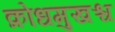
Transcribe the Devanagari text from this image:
क्रोधमुखश्च